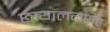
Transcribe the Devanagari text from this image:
छायालगराह